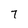
Character: 7